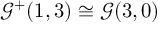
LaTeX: { \mathcal { G } } ^ { + } ( 1 , 3 ) \cong { \mathcal { G } } ( 3 , 0 )